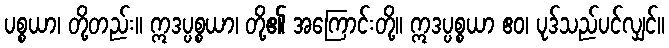
ပစ္စယာ၊ တို့တည်း။ ဣဒပ္ပစ္စယာ၊ တို့၏ အကြောင်းတို့။ ဣဒပ္ပစ္စယာ ဧဝ၊ ပုဒ်သည်ပင်လျှင်။